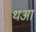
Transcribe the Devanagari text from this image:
थआ